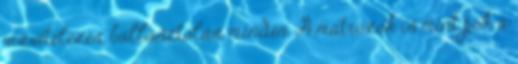
vízvételezés, ballasztolás, minden. A matrózok is mint pók a